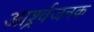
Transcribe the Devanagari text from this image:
आर्श्र्वजनक